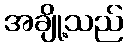
အချို့သည်